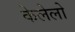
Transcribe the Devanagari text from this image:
केलेलो